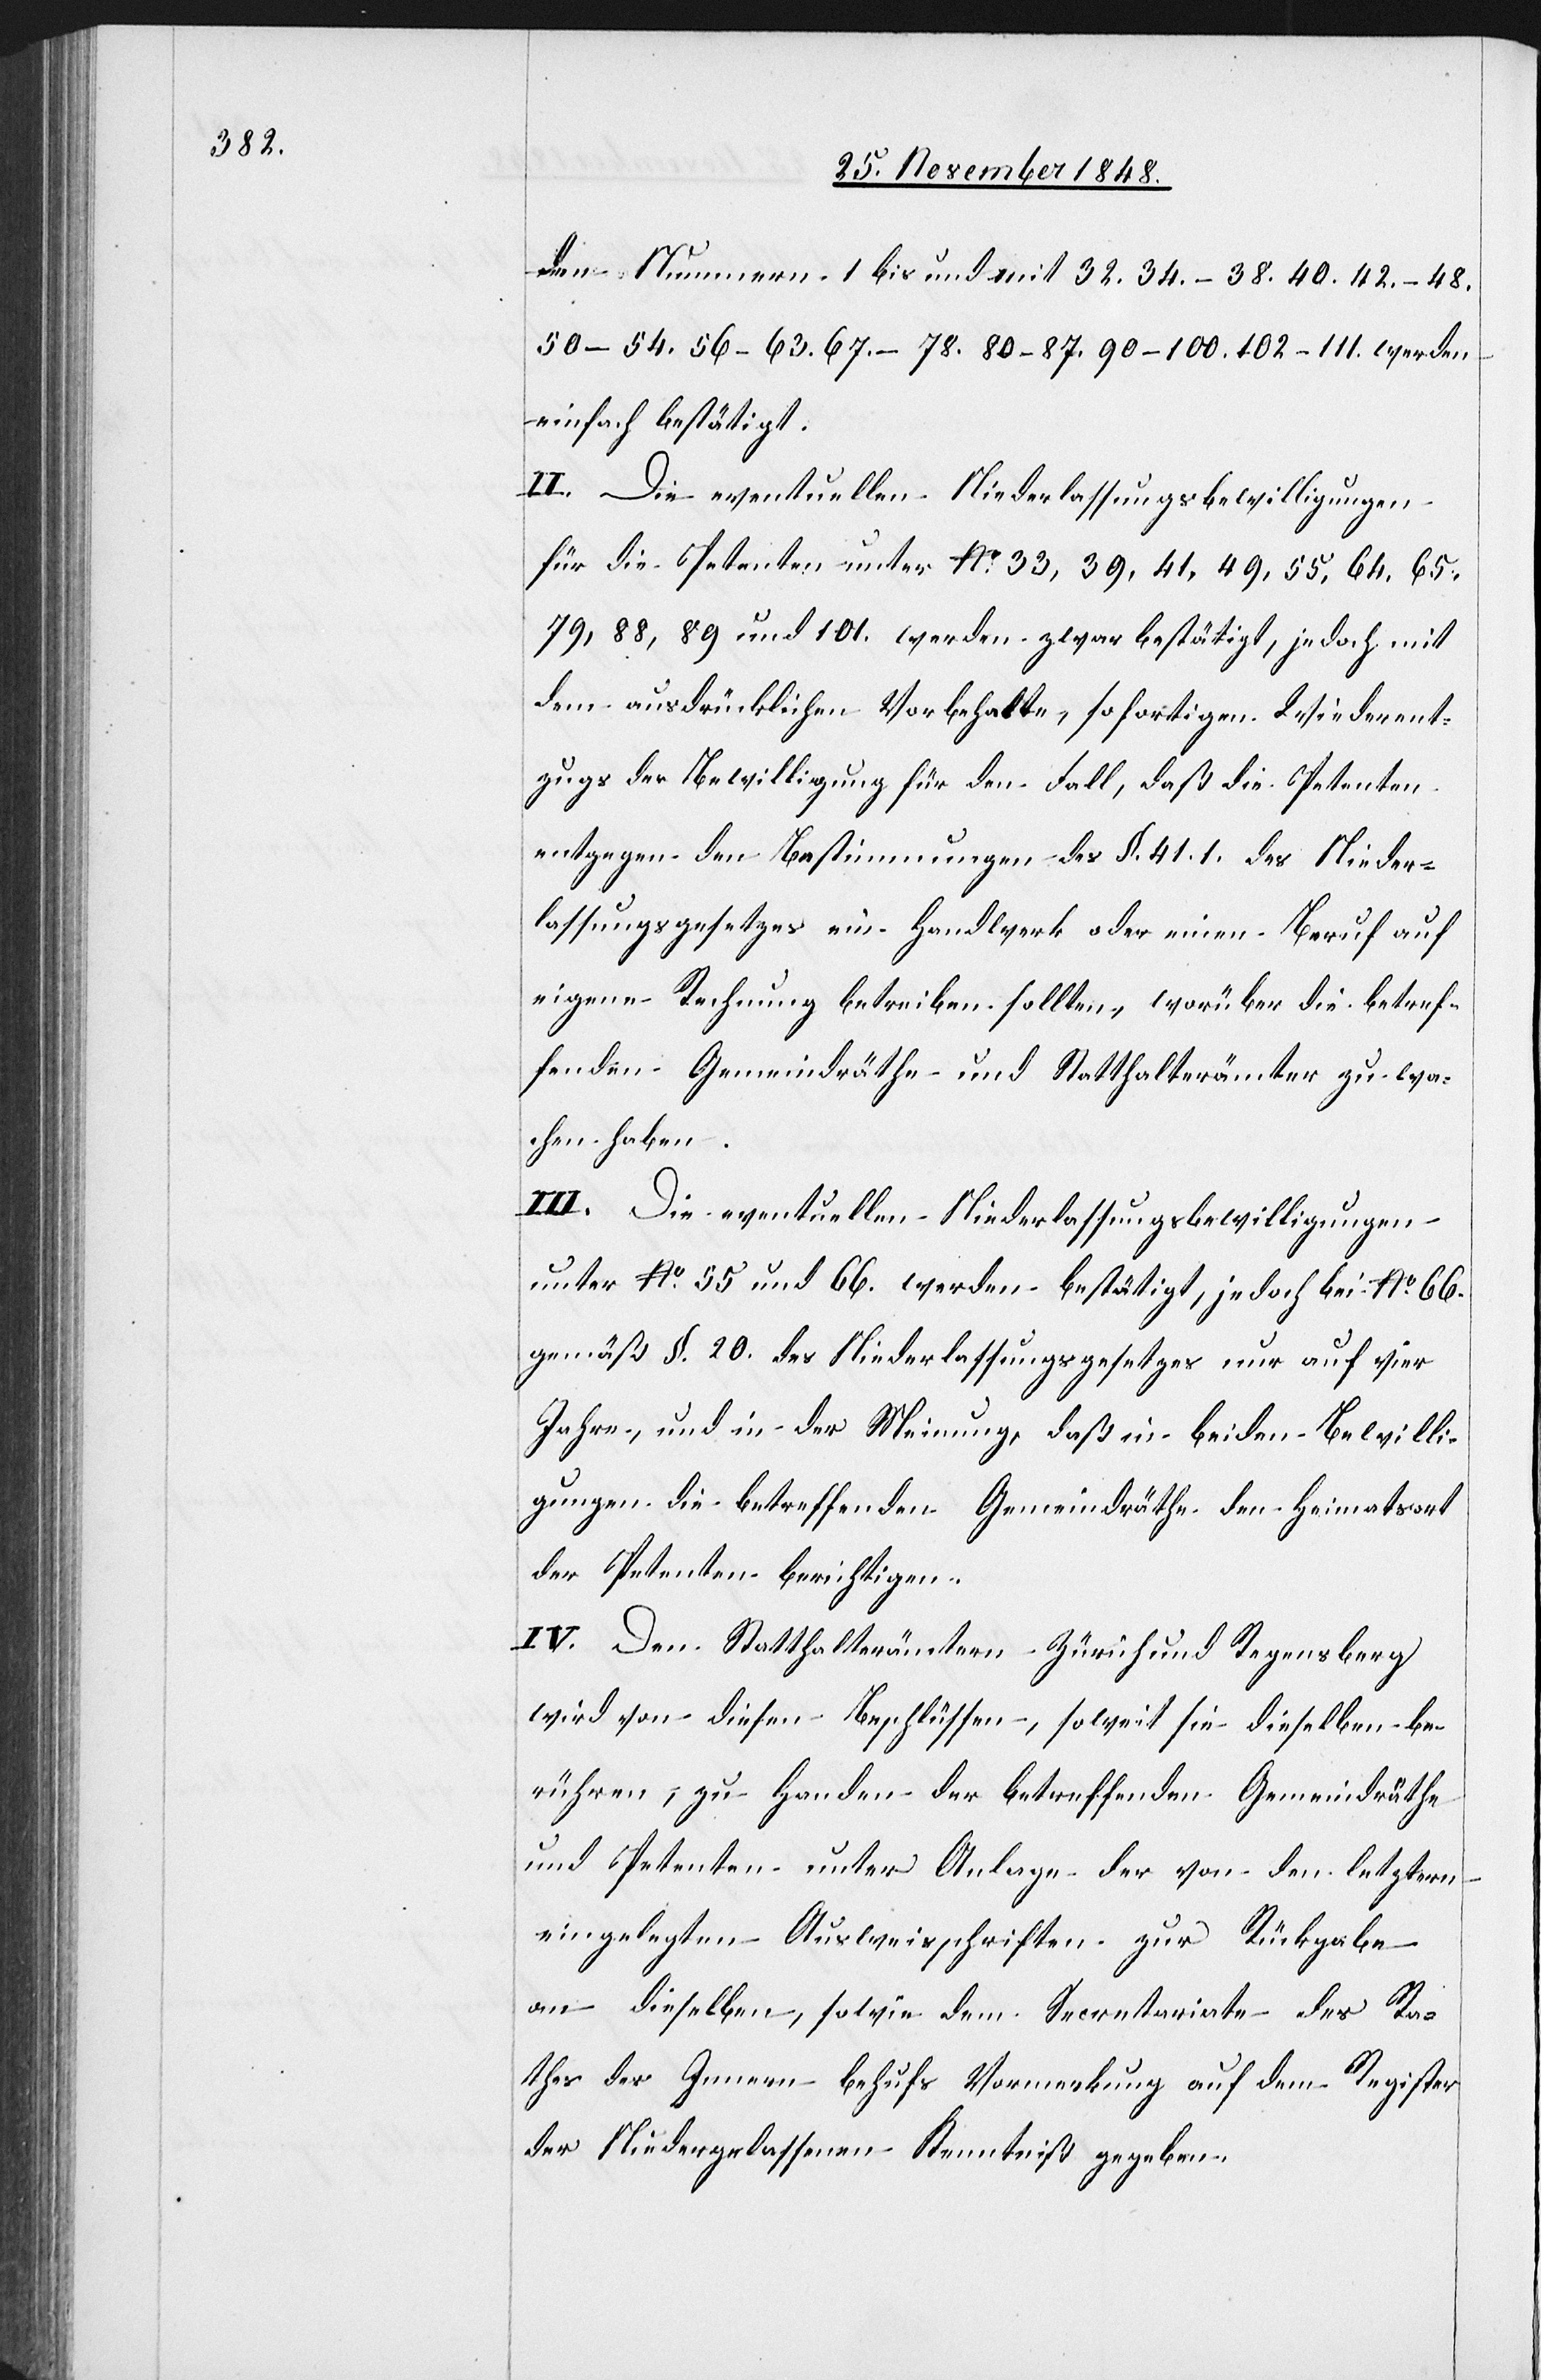
den Nummern 1 bis und mit 32. 34.–38. 40. 42.–48.
50–54. 56–63. 67.–78. 80–87. 90–100. 102–111. werden
einfach bestätigt.
für die Petenten unter No 33, 39, 41, 49, 55, 64, 65,
79, 88, 89 und 101. werden zwar bestätigt, jedoch mit
dem ausdrücklichen Vorbehalte, sofortigen Wiederent¬
zugs der Bewilligung für den Fall, daß die Petenten
entgegen den Bestimmungen des §. 41. 1. des Nieder¬
lassungsgesetzes ein Handwerk oder einen Beruf auf
eigene Rechnung betreiben sollten, worüber die betref¬
fenden Gemeindräthe und Statthalterämter zu wa¬
chen haben.
III. Die eventuellen Niederlassungsbewilligungen
unter No 55 und 66. werden bestätigt, jedoch bei No 66.
gemäß §. 20. des Niederlassungsgesetzes nur auf vier
Jahre, und in der Meinung, das in beiden Bewilli¬
gungen die betreffenden Gemeindräthe den Heimatsort
der Petenten berichtigen.
IV. Den Statthalterämtern Zürich und Regensberg
wird von diesen Beschlüssen, soweit sie dieselben be¬
rühren, zu Handen der betreffenden Gemeindräthe
und Petenten unter Anlage der von den letztern
eingelegten Ausweisschriften zur Rückgabe
an dieselben, sowie dem Secretariate des Ra¬
thes des Innern behufs Vormerkung auf dem Register
der Niedergelassenen Kenntniß gegeben.